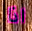
اذا